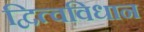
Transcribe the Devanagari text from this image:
द्वित्वविधान